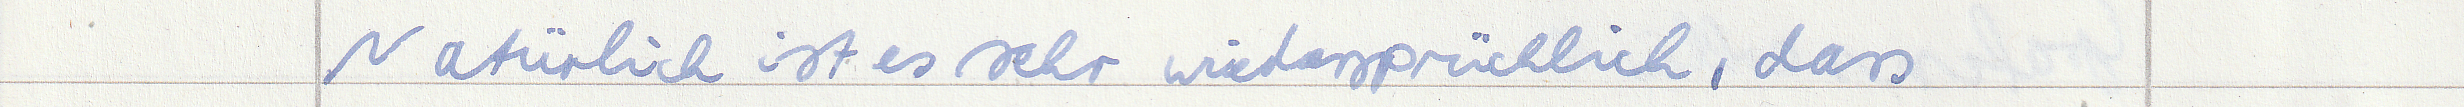
Natürlich ist es sehr wiedersprüchlich, dass